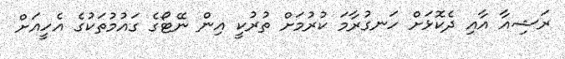
ރަޝިއާ އާއި ދެކޮޅަށް ހަނގުރާމަ ކުރުމަށް ތުރުކީ އިން ނޭޓޯގެ ގައުމުތަކުގެ އެހީއަށް